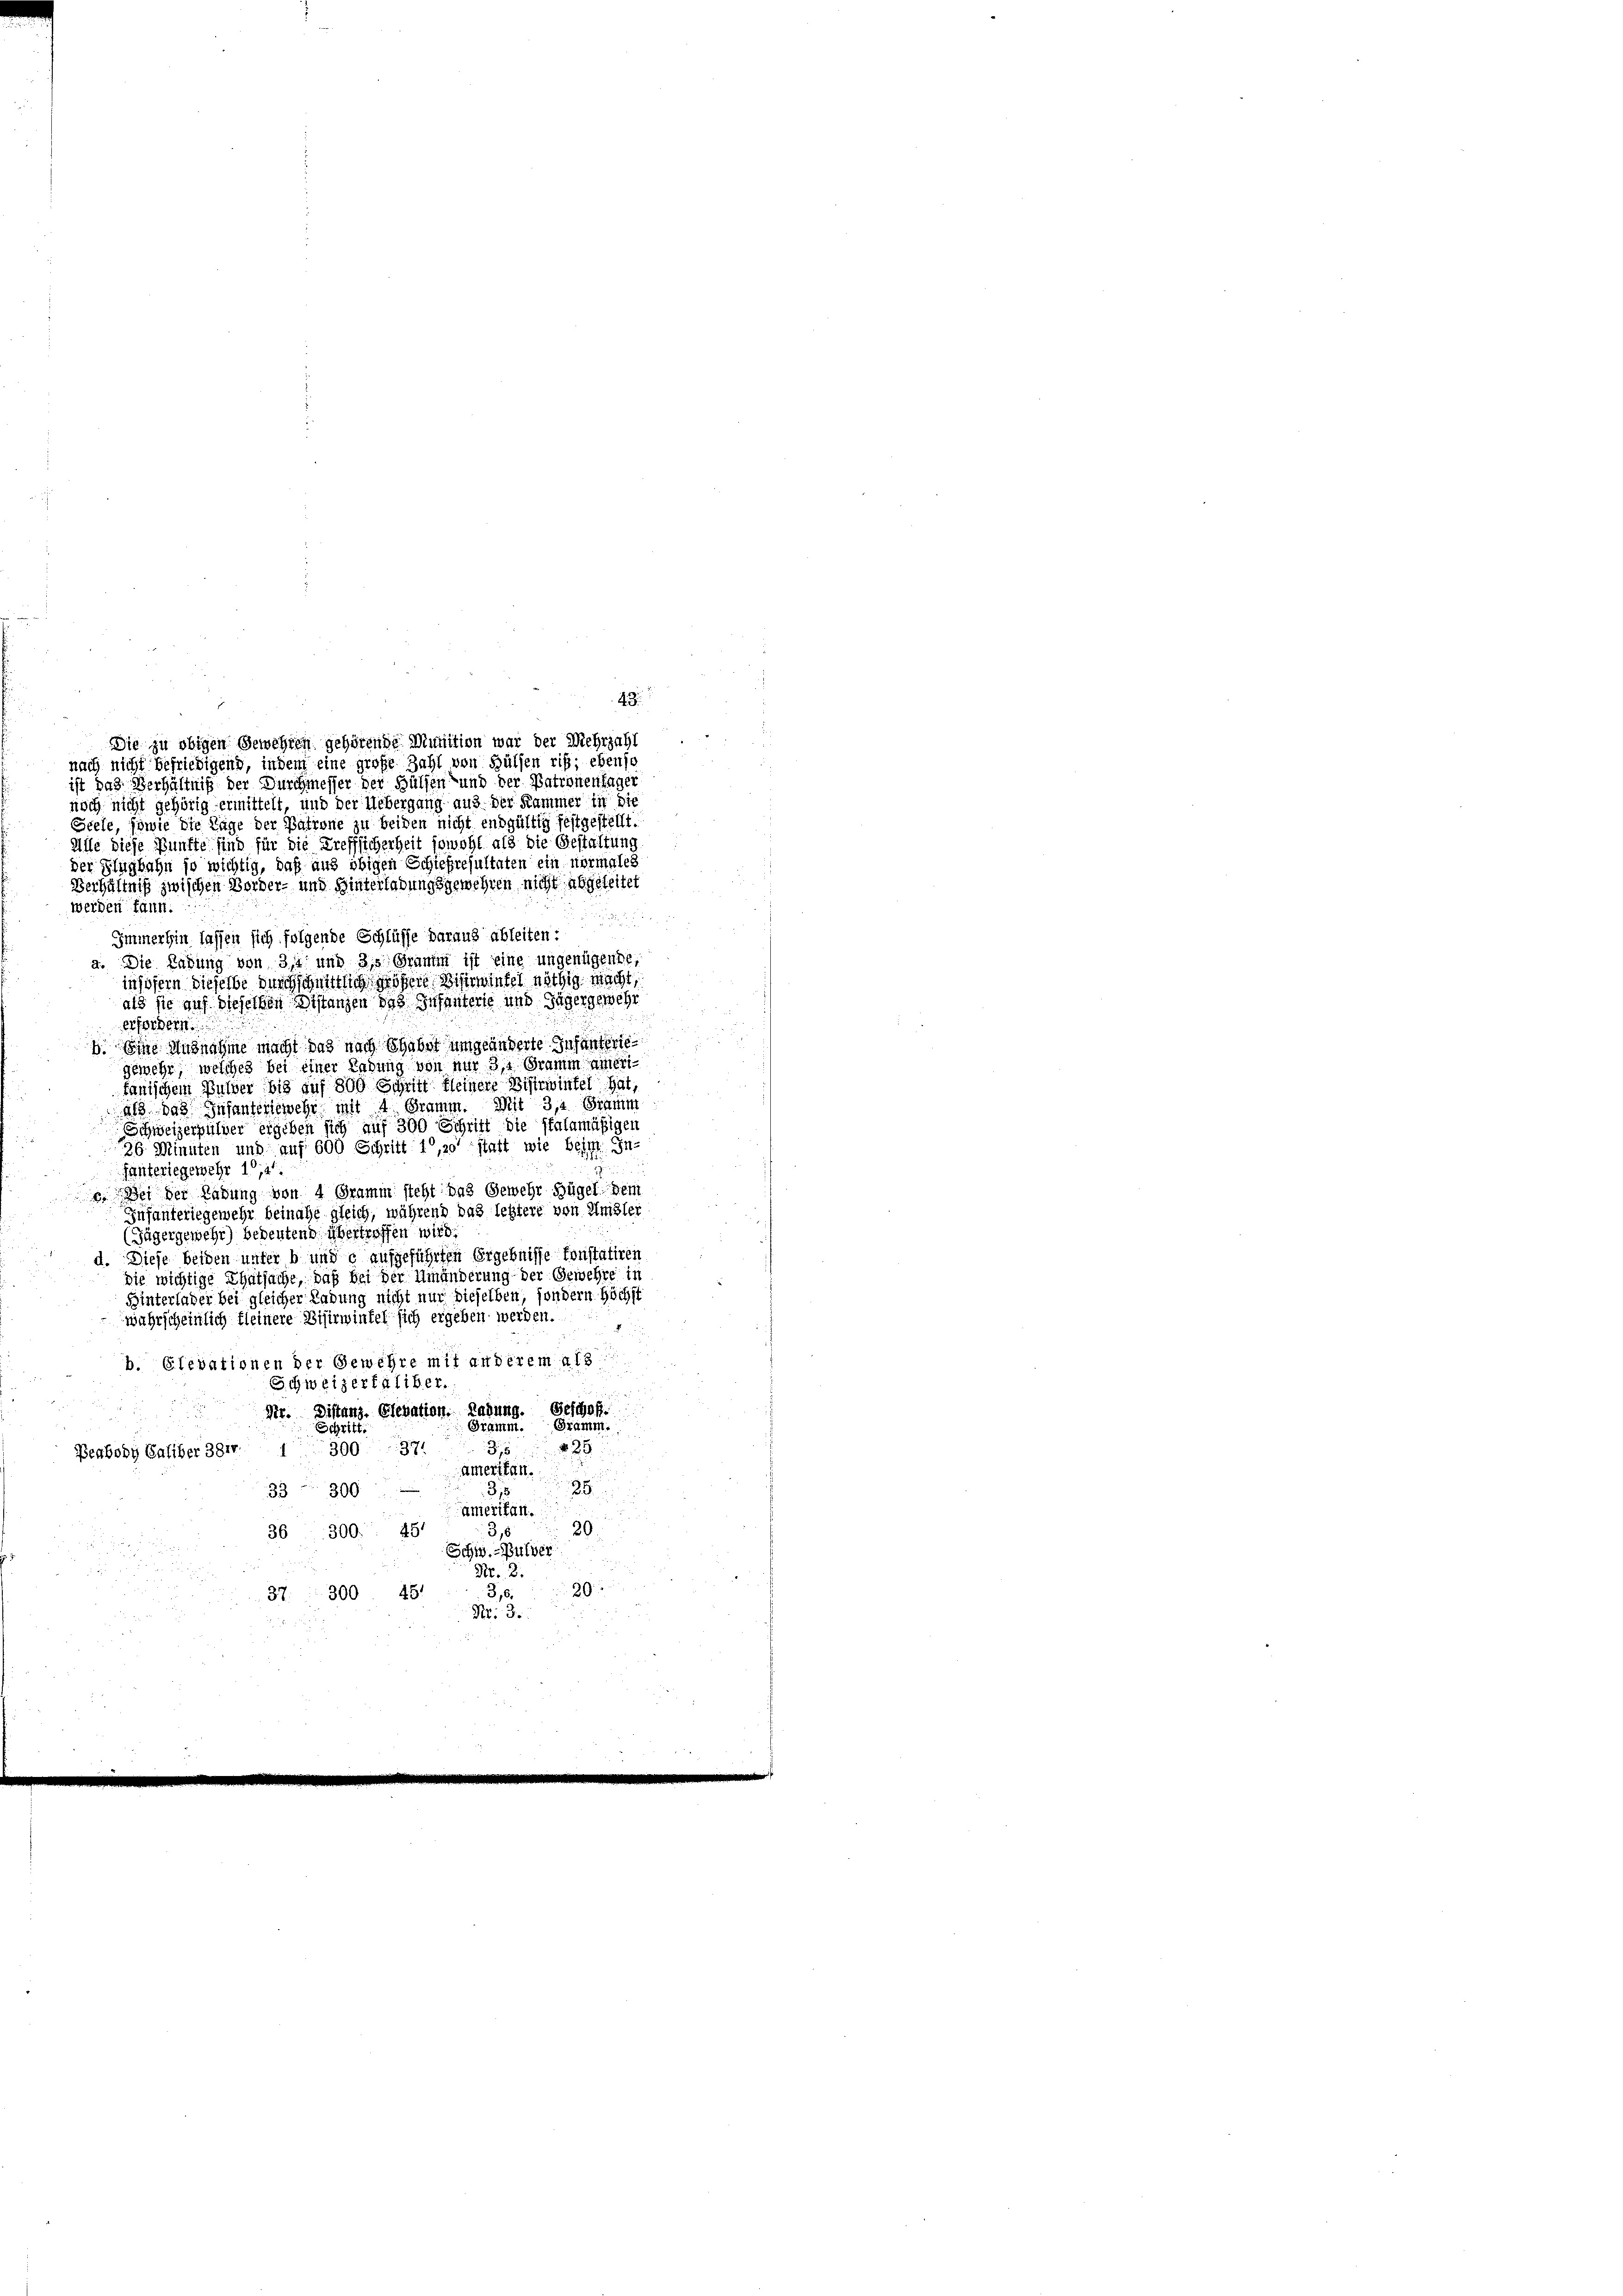
43.
Die zu obigen Gewehren gehörende Munition war der Mehrzahl
nach nicht befriedigend, indem eine große Zahl von Hülfen ris; ebenso
ist das Verhältniß der Durchmesser der Hülfen und der Patronenhager
noch nicht gehörig ermittelt, und der Uebergang aus der Kammer in die
Seele, sowie die Tage der Patrone zu beiden nicht endgültig festgestellt.
Alle diese Künfte sind für die Treffsicherheit sowohl als die Gestaltung
der Flugbahn so wichtig, daß aus obigen Schießresultaten ein normales
Verhältniß zwischen Vorder- und Hinterladungsgewehren nicht abgeleitet
werden kann.
u
Immerhin lassen sich folgende Schlüsse daraus ableiten:
a. Die Ladung von 314 und 3, Gramm ist eine ungenügende,
insofern dieselbe durchschnittlich obene Bisirwintel nöthig macht,
als sie auf dieselben Distanzen des Infanterie und Jägergewehr
erfordern
b. Eine Ausnahme macht das nach Schaber umgeänderte Insunteriegewehr, welches bei einer Labung von nur 3, Gramm ameri
tanischem Bulber bis auf 800 Schrift fleinere Bisirwintel hat,
als das Infanteriewehr mit 4 Gramm. Mit 3/4 Gramm
Schweizerpulver eigeben sich auf 300 Schrift die Pfalamäßigen
26. Minuten und auf 600 Schritt 10,30 statt wie beige In-
fanteriegewehr 14.
e. Bei der Ladung von 4 Gramm steht uns Gewehr Hügel Dein
Infanteriegewehr beinahe gleich, während das letztere von Ungler
(Jägergewehr) bedeutend, übertroffen wird.
d. Diese beiden unter bunde aufgeführten Ergebnisse konstatiren
die wichtige Thatsache, daß bei der Umänderung der Gewehre in
Hinterlader bei gleicher Ladung nicht nur dieselben, sondern. Höchst
wahrscheinlich kleinere Bisirwintel sich ergeben werden.
b. Glevationen der Gewehre mit anderem als
Schweizerfaliber.
Nr. Distanz, Elevation. Ladung. Geschaft.
u
Gramm. Gramm.
Schritt.
N 29
300. 371
35
Peabody Caliber 3814.
ameritan.
3)
28
33 300
Amerikan.
20.
36 300. 45
Schw. Pulver
Nr. 2.
29
3,6.
37. 300. 481
Nr. 3.